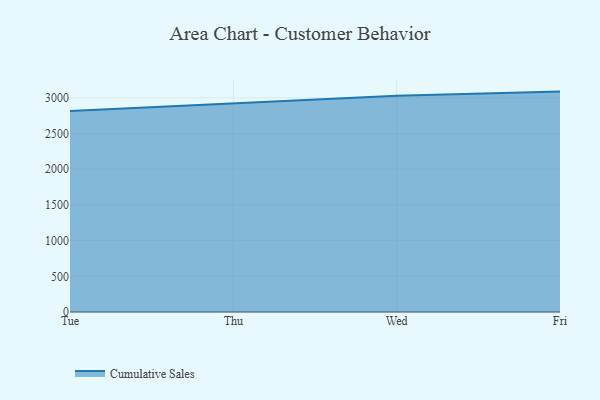
{"axis": {"x": "Day", "y": "Operating Costs (USD K)"}, "legend": ["Cumulative Sales"], "data": [{"x": "Tue", "y": 2816.3, "type": "Cumulative Sales"}, {"x": "Thu", "y": 2920.1, "type": "Cumulative Sales"}, {"x": "Wed", "y": 3027.8, "type": "Cumulative Sales"}, {"x": "Fri", "y": 3087.6, "type": "Cumulative Sales"}]}